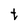
Character: t